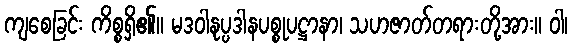
ကျစေခြင်း ကိစ္စရှိ၏။ မဒဝါနုပ္ပဒါနပစ္စုပဋ္ဌာနာ၊ သဟဇာတ်တရားတို့အား။ ဝါ၊